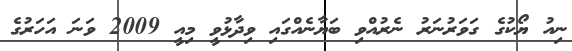
ނިއު ޔޯކުގެ ގަވަރުނަރު ނެރުއްވި ބަޔާނެއްގައި ވިދާޅުވީ މިއީ 2009 ވަނަ އަހަރުގެ